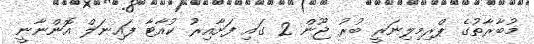
މުބާރާތުގެ ޕްރިމިލިނަރީ ބުރު ޖޫން 2 ގައި ފަށާއިރު ކުއާޓާ ފައިނަލް އޮންނާނީ